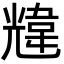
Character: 韑